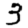
Digit: 3